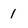
Character: 1